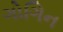
ગોગિન